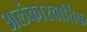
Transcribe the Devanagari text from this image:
अलंकारवार्तिक